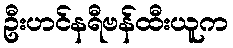
ဦးဟင်နရီဗန်ထီးယူက